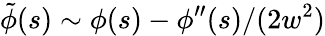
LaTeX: \tilde{\phi}(s)\sim\phi(s)-\phi^{\prime\prime}(s)/(2w^{2})